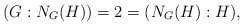
\begin{align*}(G : N_G(H)) = 2 = (N_G(H) : H),\end{align*}